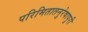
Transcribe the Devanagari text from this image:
परिमितातनुरेषापुरी